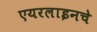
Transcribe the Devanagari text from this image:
एयरलाइनचे